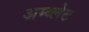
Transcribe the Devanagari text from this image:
अम्ब्लेट